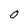
Character: 0